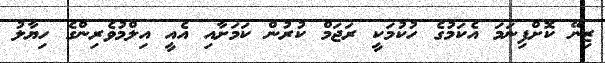
ޒިނޭ ކޮށްފިނަމަ އެކަމުގެ ހުކުމަކީ ރަޖަމް ކުރުން ކަމަށާއި އެއީ އިލްމުވެރިންގެ ހިޔާލު